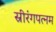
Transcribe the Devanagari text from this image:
स्रीरंगपत्नम